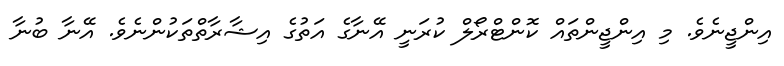
އިންޖީނެވެ. މި އިންޖީންތައް ކޮންޓްރޯލް ކުރަނީ އޭނާގެ އަތުގެ އިޝާރާތްތަކުންނެވެ. އޭނާ ބުނާ